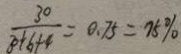
\frac { 3 0 } { 8 + 6 + 4 } = 0 . 7 5 = 7 5 \%